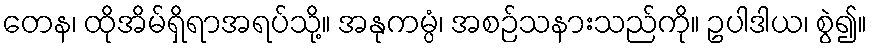
တေန၊ ထိုအိမ်ရှိရာအရပ်သို့။ အနုကမ္ပံ၊ အစဉ်သနားသည်ကို။ ဥပါဒါယ၊ စွဲ၍။